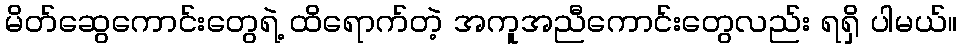
မိတ်ဆွေကောင်းတွေရဲ့ ထိရောက်တဲ့ အကူအညီကောင်းတွေလည်း ရရှိ ပါမယ်။